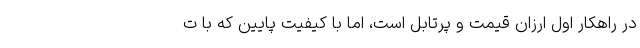
در راهکار اول ارزان قیمت و پرتابل است، اما با کیفیت پایین که با ت